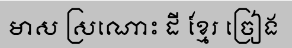
មាស ស្រណោះ ដី ខ្មែរ ច្រៀង